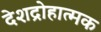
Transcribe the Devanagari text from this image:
देशद्रोहात्मक